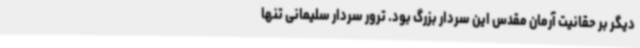
دیگر بر حقانیت آرمان مقدس این سردار بزرگ بود. ترور سردار سلیمانی تنها